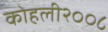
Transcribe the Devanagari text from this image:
कोहली२००८